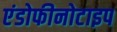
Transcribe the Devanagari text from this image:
एंडोफीनोटाइप